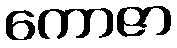
ကောဇာ